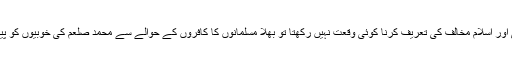
جس طرح کسی اسلام مخالف کا مسلمانوں کے حوالے سے اپنی یا کسی اور اسلام مخالف کی تعریف کرنا کوئی وقعت نہیں رکھتا تو بھلا مسلمانوں کا کافروں کے حوالے سے محمد صلعم کی خوبیوں کو پیش کرناکیسے غیر مسلموں کے لئے کسی وقعت کا حامل ہو سکتا ہے؟